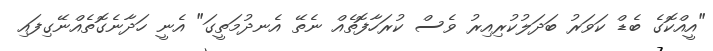
"އީއްކޮގެ ބެޑް ކަވަރު ބަދަލުކުރިއިރު ވެސް ކުރަހާފޮތެއް ނެތޭ އެނދުމަތީގަ" އެނީ ހަދާނެގޮތެއްނޭގިފައި